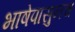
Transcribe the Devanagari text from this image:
भाषेपासुनच